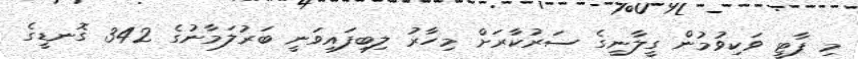
މި ޕާޓީ ވަކިވުމުން ގީލާނީގެ ސަރުކާރަށް މިހާރު ލިބިފައިވަނީ ބަރުލަމާނުގެ 342 ގޮނޑީގެ